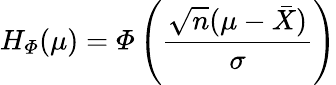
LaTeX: H_{\mathit{\Phi}}(\mu)={\mathit{\Phi}}\left({\frac{{\sqrt{n}}(\mu-{\bar{X}})}{\sigma}}\right)